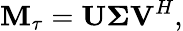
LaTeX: \mathbf{M}_{\tau}=\mathbf{U}\boldsymbol{\Sigma}\mathbf{V}^{H},